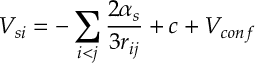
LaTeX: V _ { s i } = - \sum _ { i < j } { \frac { 2 \alpha _ { s } } { 3 r _ { i j } } } + c + V _ { c o n f }